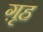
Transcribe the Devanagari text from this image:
ग़ृह